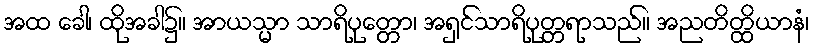
အထ ခေါ၊ ထိုအခါ၌။ အာယသ္မာ သာရိပုတ္တော၊ အရှင်သာရိပုတ္တရာသည်။ အညတိတ္ထိယာနံ၊